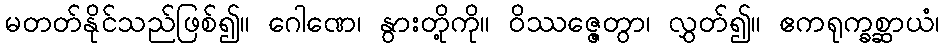
မတတ်နိုင်သည်ဖြစ်၍။ ဂေါဏေ၊ နွားတို့ကို။ ဝိဿဇ္ဇေတွာ၊ လွှတ်၍။ ဧကရုက္ခစ္ဆာယံ၊